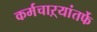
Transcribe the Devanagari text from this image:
कर्मचाऱ्यांतर्फे